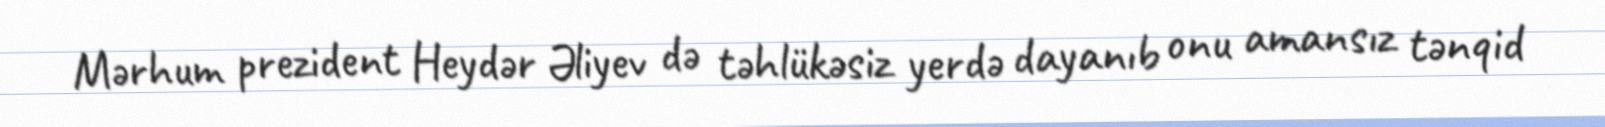
Mərhum prezident Heydər Əliyev də təhlükəsiz yerdə dayanıb onu amansız tənqid